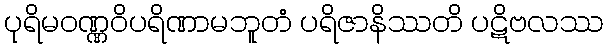
ပုရိမဝဏ္ဏဝိပရိဏာမဘူတံ ပရိဇာနိဿတိ ပဋိဗလဿ